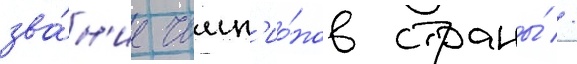
зва́н'ие чемп'ио́нов страны́ //